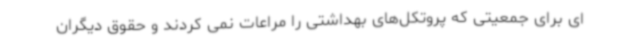
ای برای جمعیتی که پروتکل‌های بهداشتی را مراعات نمی کردند و حقوق دیگران